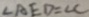
\angle A E D = \angle C